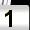
Digit: 1